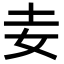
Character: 𡉓